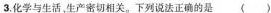
3. 化学与生活，生产密切相关。下列说法正确的是（）